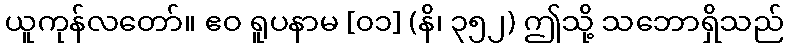
ယူကုန်လတော်။ ဧဝ ရူပနာမ [၀၁] (နိ၊ ၃၅၂) ဤသို့ သဘောရှိသည်